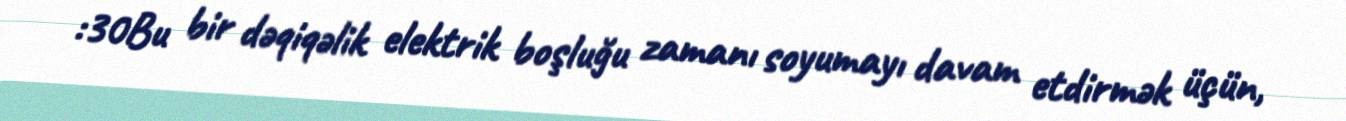
:30Bu bir dəqiqəlik elektrik boşluğu zamanı soyumayı davam etdirmək üçün,